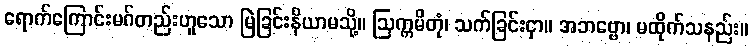
ရောက်ကြောင်းမဂ်တည်းဟူသော မြဲခြင်းနိယာမသို့။ ဩက္ကမိတုံ၊ သက်ခြင်းငှာ။ အဘဗ္ဗော၊ မထိုက်သနည်း။